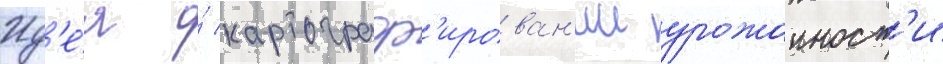
Ид'е́я о́ картограф'ирован'ии урожаиност'и